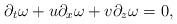
LaTeX: \begin{align*}\partial_t \omega + u \partial_x \omega + v \partial_z \omega = 0,\end{align*}